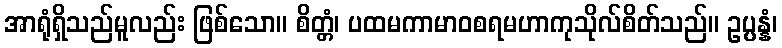
အာရုံရှိသည်မူလည်း ဖြစ်သော။ စိတ္တံ၊ ပထမကာမာဝစရမဟာကုသိုလ်စိတ်သည်။ ဥပ္ပန္နံ၊